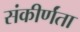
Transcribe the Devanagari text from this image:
संकीर्णंता